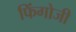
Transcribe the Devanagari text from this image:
फिंगोजी